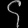
Digit: ၄